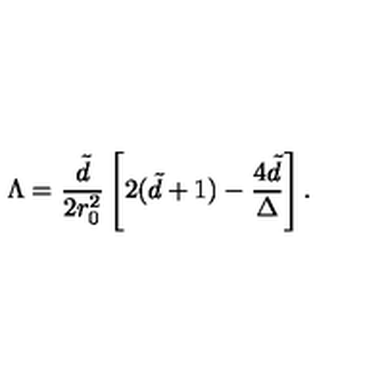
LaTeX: \Lambda = { \frac { \tilde { d } } { 2 r _ { 0 } ^ { 2 } } } \left[ 2 ( \tilde { d } + 1 ) - { \frac { 4 \tilde { d } } { \Delta } } \right] .